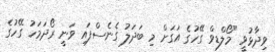
ވިދާޅުވީ "މޯލްޑިވް ގޭހުގެ އަގަށް މި ބަދަލު ގެނެސްފައި ވަނީ ރޯދަމަހު ގޭހުގެ